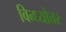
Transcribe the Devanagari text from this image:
विन्ध्योत्तर